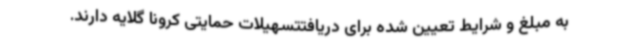
به مبلغ و شرایط تعیین شده برای دریافتتسهیلات حمایتی کرونا گلایه دارند.